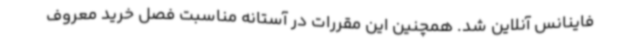
فاینانس آنلاین شد. همچنین این مقررات در آستانه مناسبت فصل خرید معروف